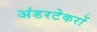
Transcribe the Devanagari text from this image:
अंडरटेकरों